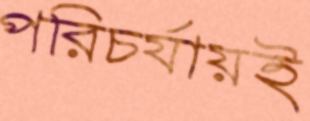
পরিচর্যায়ই